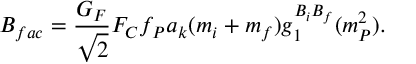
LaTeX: B _ { f a c } = { \frac { G _ { F } } { \sqrt { 2 } } } F _ { C } f _ { P } a _ { k } ( m _ { i } + m _ { f } ) g _ { 1 } ^ { B _ { i } B _ { f } } ( m _ { P } ^ { 2 } ) .